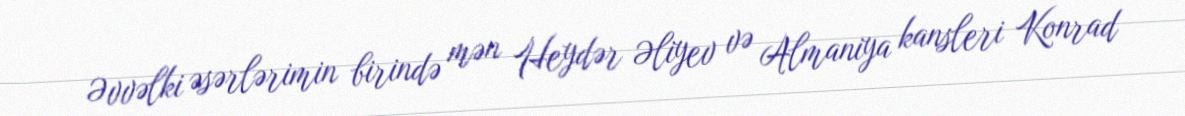
Əvvəlki əsərlərimin birində mən Heydər Əliyev və Almaniya kansleri Konrad